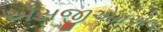
એસજીએમએલ